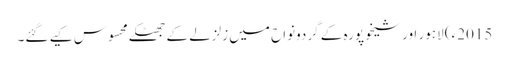
2015ء) لاہور اور شیخوپورہ کے گردونواح میں زلزلے کے جھٹکے محسوس کیے گئے۔